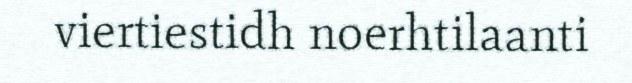
viertiestidh noerhtilaanti